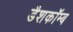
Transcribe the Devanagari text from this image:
डैशकॉम्ब